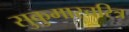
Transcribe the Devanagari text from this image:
सुकुमारचरित्र